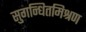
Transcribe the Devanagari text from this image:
सुगन्धितमिश्रण